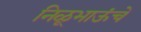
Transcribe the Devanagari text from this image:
निळूभाऊंचे